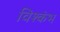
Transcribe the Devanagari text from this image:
विश्कंभ